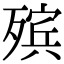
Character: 殡